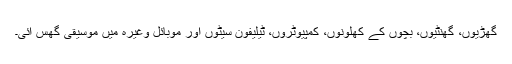
گھڑیوں، گھنٹیوں، بچوں کے کھلونوں، کمپیوٹروں، ٹیلیفون سیٹوں اور موبائل وغیرہ میں موسیقی گھس آئی۔